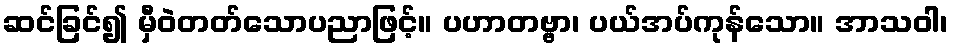
ဆင်ခြင်၍ မှီဝဲတတ်သောပညာဖြင့်။ ပဟာတဗ္ဗာ၊ ပယ်အပ်ကုန်သော။ အာသဝါ၊